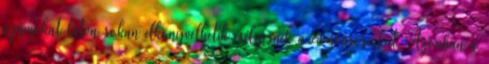
számokat látva sokan elkönyvelhetik esélyesnek a cívisvárosiakat. Azonban a